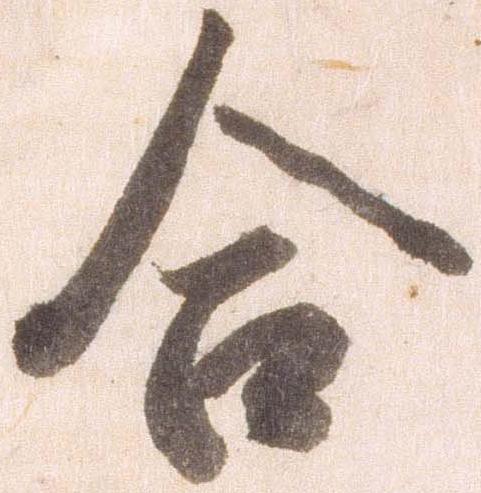
合